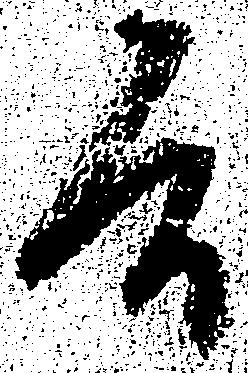
候